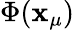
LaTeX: \Phi(\mathbf{x}_{\mu})